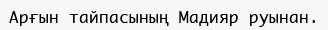
Арғын тайпасының Мадияр руынан.